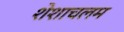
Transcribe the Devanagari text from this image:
शेशाचलम